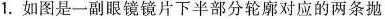
1.如图是一副眼镜镜片下半部分轮廓对应的两条抛